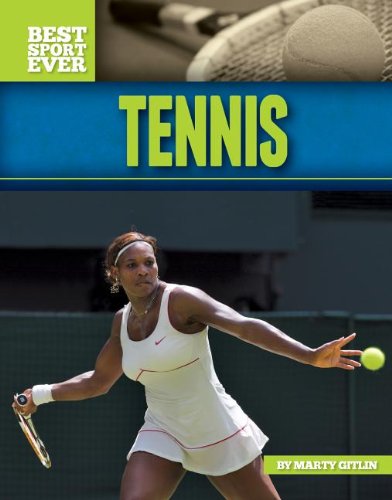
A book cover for Tennis (Best Sport Ever); Marty Gitlin; Children's Books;